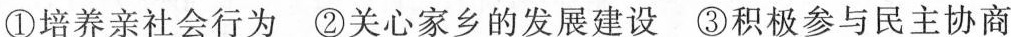
①培养亲社会行为②关心家乡的发展建设③积极参与民主协商